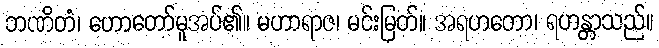
ဘဏိတံ၊ ဟောတော်မူအပ်၏။ မဟာရာဇ၊ မင်းမြတ်။ အရဟတော၊ ရဟန္တာသည်။